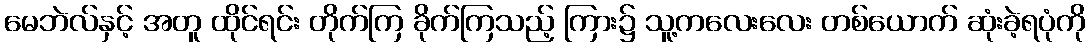
မေဘဲလ်နှင့် အတူ ထိုင်ရင်း တိုက်ကြ ခိုက်ကြသည့် ကြား၌ သူ့ကလေးလေး တစ်ယောက် ဆုံးခဲ့ရပုံကို